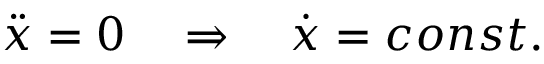
\ddot { \boldsymbol x } = \boldsymbol 0 \quad \Rightarrow \quad \dot { \boldsymbol x } = c o n s t .